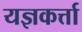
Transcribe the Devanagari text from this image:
यज्ञकर्त्ता